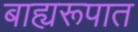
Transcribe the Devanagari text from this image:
बाह्यरूपात